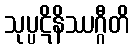
သုပ္ပဋိနိဿဂ္ဂီတိ